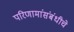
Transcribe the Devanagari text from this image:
परिणामांसंबंधीचे